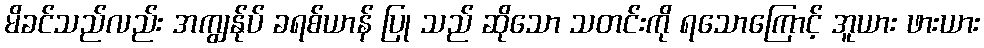
မိခင်သည်လည်း အကျွန်ုပ် ခရစ်ယာန် ပြု သည် ဆိုသော သတင်းကို ရသောကြောင့် အူယား ဖားယား